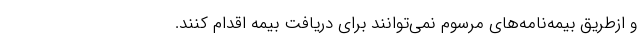
و ازطریق بیمه‌نامه‌های مرسوم نمی‌توانند برای دریافت بیمه اقدام کنند.